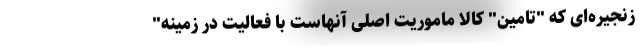
زنجیره‌ای که "تامین" کالا ماموریت اصلی آنهاست با فعالیت در زمینه"